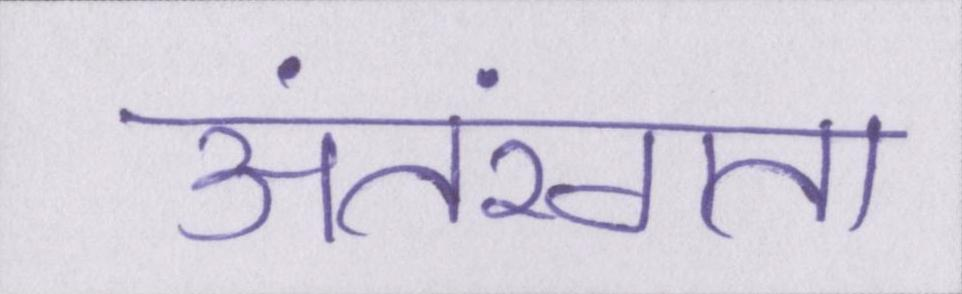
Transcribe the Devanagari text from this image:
अंतरंगता